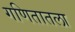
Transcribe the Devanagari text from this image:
गणितातला